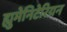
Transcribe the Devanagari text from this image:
ह्युमेनिटेरियन